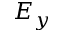
E _ { y }